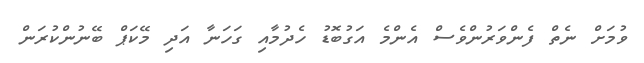
ވުމަށް ނެތް ފެންވަރުންވެސް އެންމެ އަގުބޮޑު ހެދުމާއި ގަހަނާ އަދި މޭކަޕް ބޭނުންކުރަން